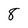
Character: 8